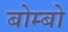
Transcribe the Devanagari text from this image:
बोम्बो